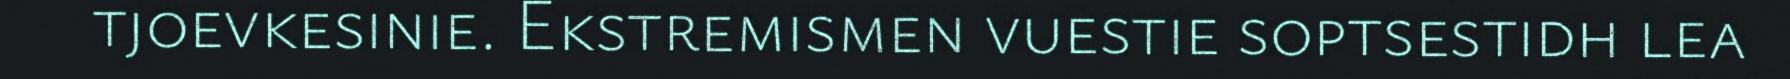
tjoevkesinie. Ekstremismen vuestie soptsestidh lea